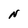
Character: N